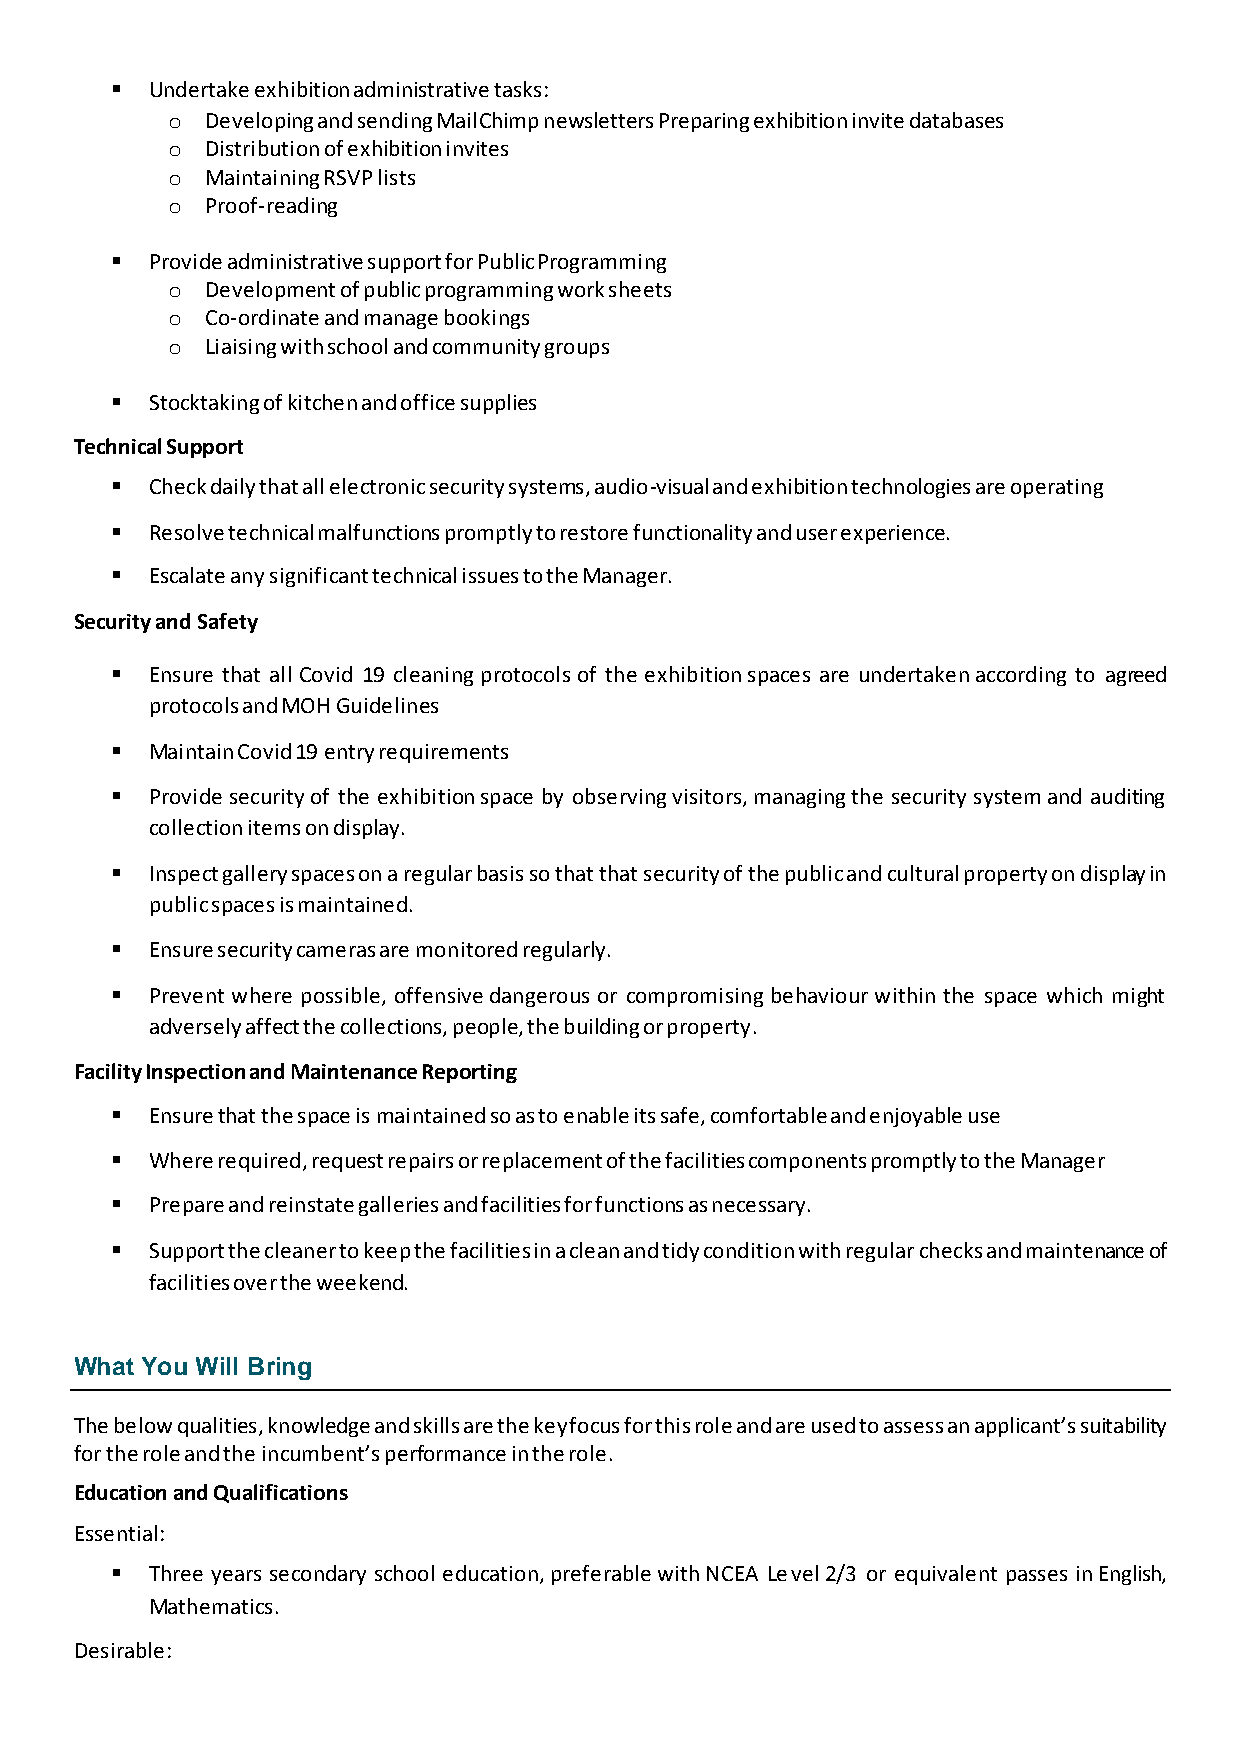
  Undertake exhibition administrative tasks:
 o  Developing and sending MailChimp newsletters Preparing exhibition invite databases
 o  Distribution of exhibition invites
 o  Maintaining RSVP lists
 o  Proof-reading
   Provide administrative support for Public Programming
 o  Development of public programming work sheets
 o  Co-ordinate and manage bookings
 o  Liaising with school and community groups
   Stocktaking of kitchen and office supplies
 Technical Support
   Check daily that all electronic security systems, audio-visual and exhibition technologies are operating
   Resolve technical malfunctions promptly to restore functionality and user experience.
   Escalate any significant technical issues to the Manager.
 Security and Safety
   Ensure that all Covid 19 cleaning protocols of the exhibition spaces are undertaken according to agreed
 protocols and MOH Guidelines
   Maintain Covid 19 entry requirements
   Provide security of the exhibition space by observing visitors, managing the security system and auditing
 collection items on display.
   Inspect gallery spaces on a regular basis so that that security of the public and cultural property on display in
 public spaces is maintained.
   Ensure security cameras are monitored regularly.
   Prevent where possible, offensive dangerous or compromising behaviour within the space which might
 adversely affect the collections, people, the building or property.
 Facility Inspection and Maintenance Reporting
   Ensure that the space is maintained so as to enable its safe, comfortable and enjoyable use
   Where required, request repairs or replacement of the facilities components promptly to the Manager
   Prepare and reinstate galleries and facilities for functions as necessary.
   Support the cleaner to keep the facilities in a clean and tidy condition with regular checks and maintenance of
 facilities over the weekend.
 What You Will Bring
 The below qualities, knowledge and skills are the key focus for this role and are used to assess an applicant’s suitability
 for the role and the incumbent’s performance in the role.
 Education and Qualifications
 Essential:
   Three years secondary school education, preferable with NCEA Level 2/3 or equivalent passes in English,
 Mathematics.
 Desirable: